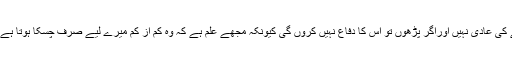
اردو ناول بھی پڑھنے کی عادی نہیں اوراگر پڑھوں تو اس کا دفاع نہیں کروں گی کیونکہ مجھے علم ہے کہ وہ کم از کم میرے لیے صرف چسکا ہوتا ہے، کہانی برائے کہانی۔